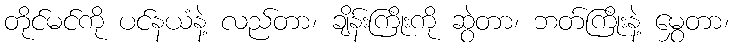
တိုင်မင်ကို ပင်နယံနဲ့ လည်တာ၊ ချိန်းကြိုးကို ဆွဲတာ၊ ဘတ်ကြိုးနဲ့ မွှေတာ၊